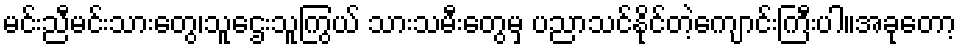
မင်းညီမင်းသားတွေ၊သူဌေးသူကြွယ် သားသမီးတွေမှ ပညာသင်နိုင်တဲ့ကျောင်းကြီးပါ။အခုတော့